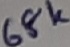
Text: 68K